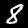
Label: 8